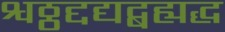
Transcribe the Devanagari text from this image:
श्वठ्ठद्दद्यद्बह्यद्ध